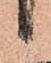
候